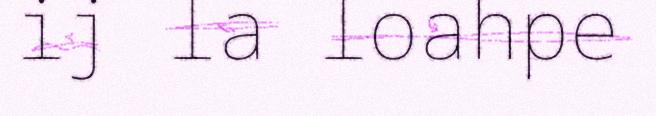
ij la loahpe